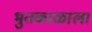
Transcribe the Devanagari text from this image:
भुतकाळाला